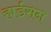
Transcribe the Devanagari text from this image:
हार्डसन